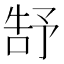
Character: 𮰕